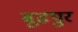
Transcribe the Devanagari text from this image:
बूढपुर